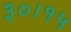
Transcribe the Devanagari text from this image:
३०।१५